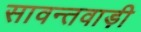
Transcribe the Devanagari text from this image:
सावन्तवाड़ी